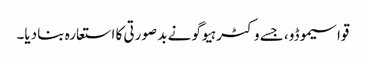
قواسیموڈو، جسے وکٹر ہیوگو نے بد صورتی کا استعارہ بنا دیا۔